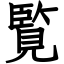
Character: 覧